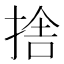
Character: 捨